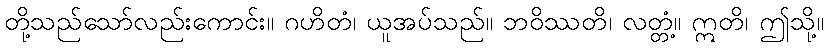
တို့သည်သော်လည်းကောင်း။ ဂဟိတံ၊ ယူအပ်သည်။ ဘဝိဿတိ၊ လတ္တံ့။ ဣတိ၊ ဤသို့။